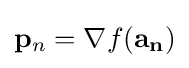
\mathbf {p} _{n}=\nabla f(\mathbf {a_{n}} )